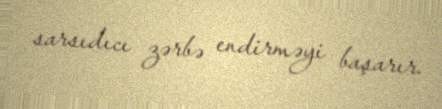
sarsıdıcı zərbə endirməyi başarır.